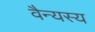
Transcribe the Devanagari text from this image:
वैन्यस्य